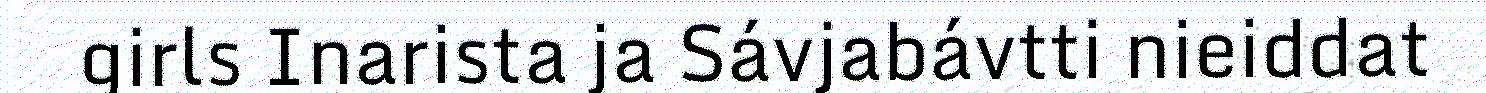
girls Inarista ja Sávjabávtti nieiddat